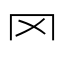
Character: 罓